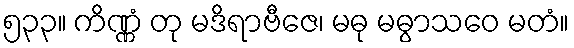
၅၃၃။ ကိဏ္ဏံ တု မဒိရာဗီဇေ၊ မဓု မဓွာသဝေ မတံ။